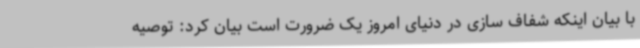
با بیان اینکه شفاف سازی در دنیای امروز یک ضرورت است بیان کرد: توصیه